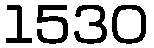
1530